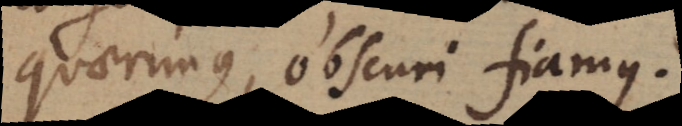
quaerimus, obscuri fiamus.